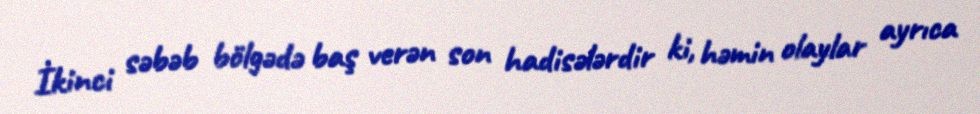
İkinci səbəb bölgədə baş verən son hadisələrdir ki, həmin olaylar ayrıca